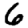
Digit: 6